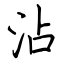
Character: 沾